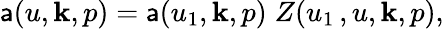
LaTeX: \mathsf{a}(u,{\mathbf{k}},p)=\mathsf{a}(u_{1},{\mathbf{k}},p)\; Z(u_{1}\, ,u,{\mathbf{k}},p),